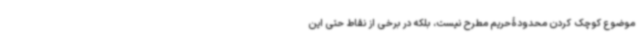
موضوع کوچک کردن محدودۀحریم مطرح نیست، بلکه در برخی از نقاط حتی این